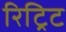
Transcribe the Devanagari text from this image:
रिट्रिट